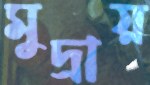
মুদ্রায়